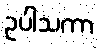
ဥပါသကာ